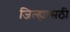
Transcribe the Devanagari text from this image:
जिल्ह्यासठी